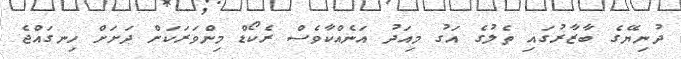
ދުނިޔޭގެ ބާޒާރުގައި ތެލުގެ އަގު މިއަދު އަނެއްކާވެސް ރެކޯޑް މިންވަރަކަށް ދަށަށް ހިނގައްޖެ